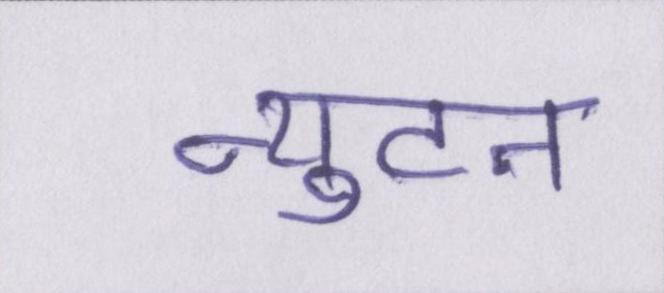
न्युटन